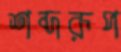
শব্দরূপ